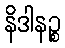
နိဒါနဉ္စ